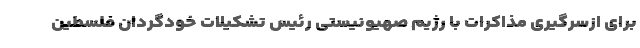
برای ازسرگیری مذاکرات با رژیم صهیونیستی رئیس تشکیلات خودگردان فلسطین